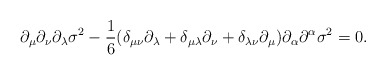
\begin{align*}\partial_\mu\partial_\nu\partial_\lambda\sigma^2-\frac{1}{6}(\delta_{\mu\nu}\partial_\lambda+\delta_{\mu\lambda}\partial_\nu+\delta_{\lambda\nu}\partial_\mu)\partial_\alpha\partial^\alpha\sigma^2=0.\end{align*}